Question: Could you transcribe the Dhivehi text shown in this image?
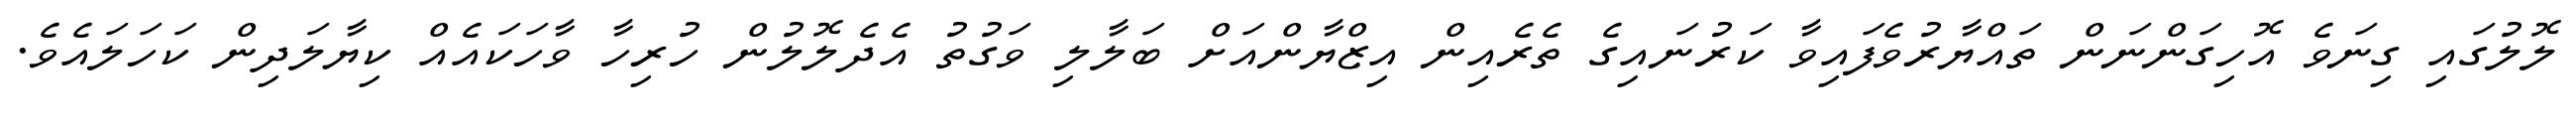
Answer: ލޮލުގައި ގިނަވެ އޮހިގަންނަން ތައްޔާރުވެފައިވާ ކަރުނައިގެ ތެރެއިން އިޒްޔާންއަށް ބަލާލި ވަގުތު އެދެލޮލުން ހުރިހާ ވާހަކައެއް ކިޔާލަދިން ކަހަލައެވެ.